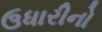
ઉધારીનો